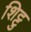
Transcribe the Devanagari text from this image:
शिट्टु